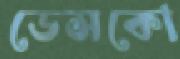
ডেসকো